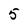
Character: 5